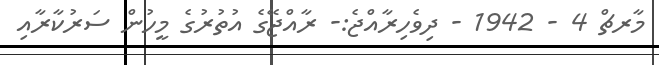
މާރޗް 4 - 1942 - ދިވެހިރާއްޖެ:- ރާއްޖޭގެ އުތުރުގެ މީހުން ސަރުކާރާއި